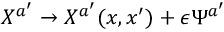
X ^ { a ^ { \prime } } \rightarrow X ^ { a ^ { \prime } } ( x , x ^ { \prime } ) + \epsilon \Psi ^ { a ^ { \prime } }